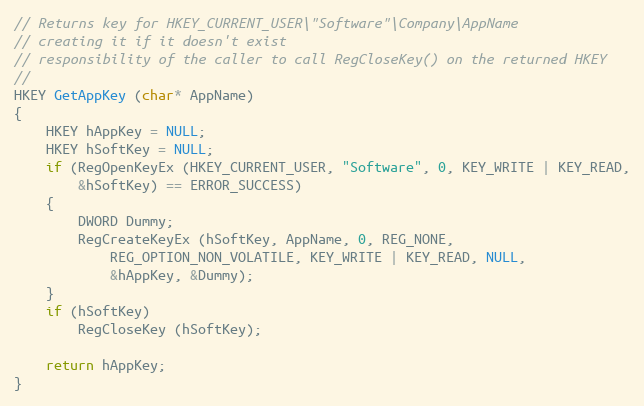
Language: C++
// Returns key for HKEY_CURRENT_USER\"Software"\Company\AppName
// creating it if it doesn't exist
// responsibility of the caller to call RegCloseKey() on the returned HKEY
//
HKEY GetAppKey (char* AppName)
{
	HKEY hAppKey = NULL;
	HKEY hSoftKey = NULL;
	if (RegOpenKeyEx (HKEY_CURRENT_USER, "Software", 0, KEY_WRITE | KEY_READ,
		&hSoftKey) == ERROR_SUCCESS)
	{
		DWORD Dummy;
		RegCreateKeyEx (hSoftKey, AppName, 0, REG_NONE,
			REG_OPTION_NON_VOLATILE, KEY_WRITE | KEY_READ, NULL,
			&hAppKey, &Dummy);
	}
	if (hSoftKey)
		RegCloseKey (hSoftKey);

	return hAppKey;
}